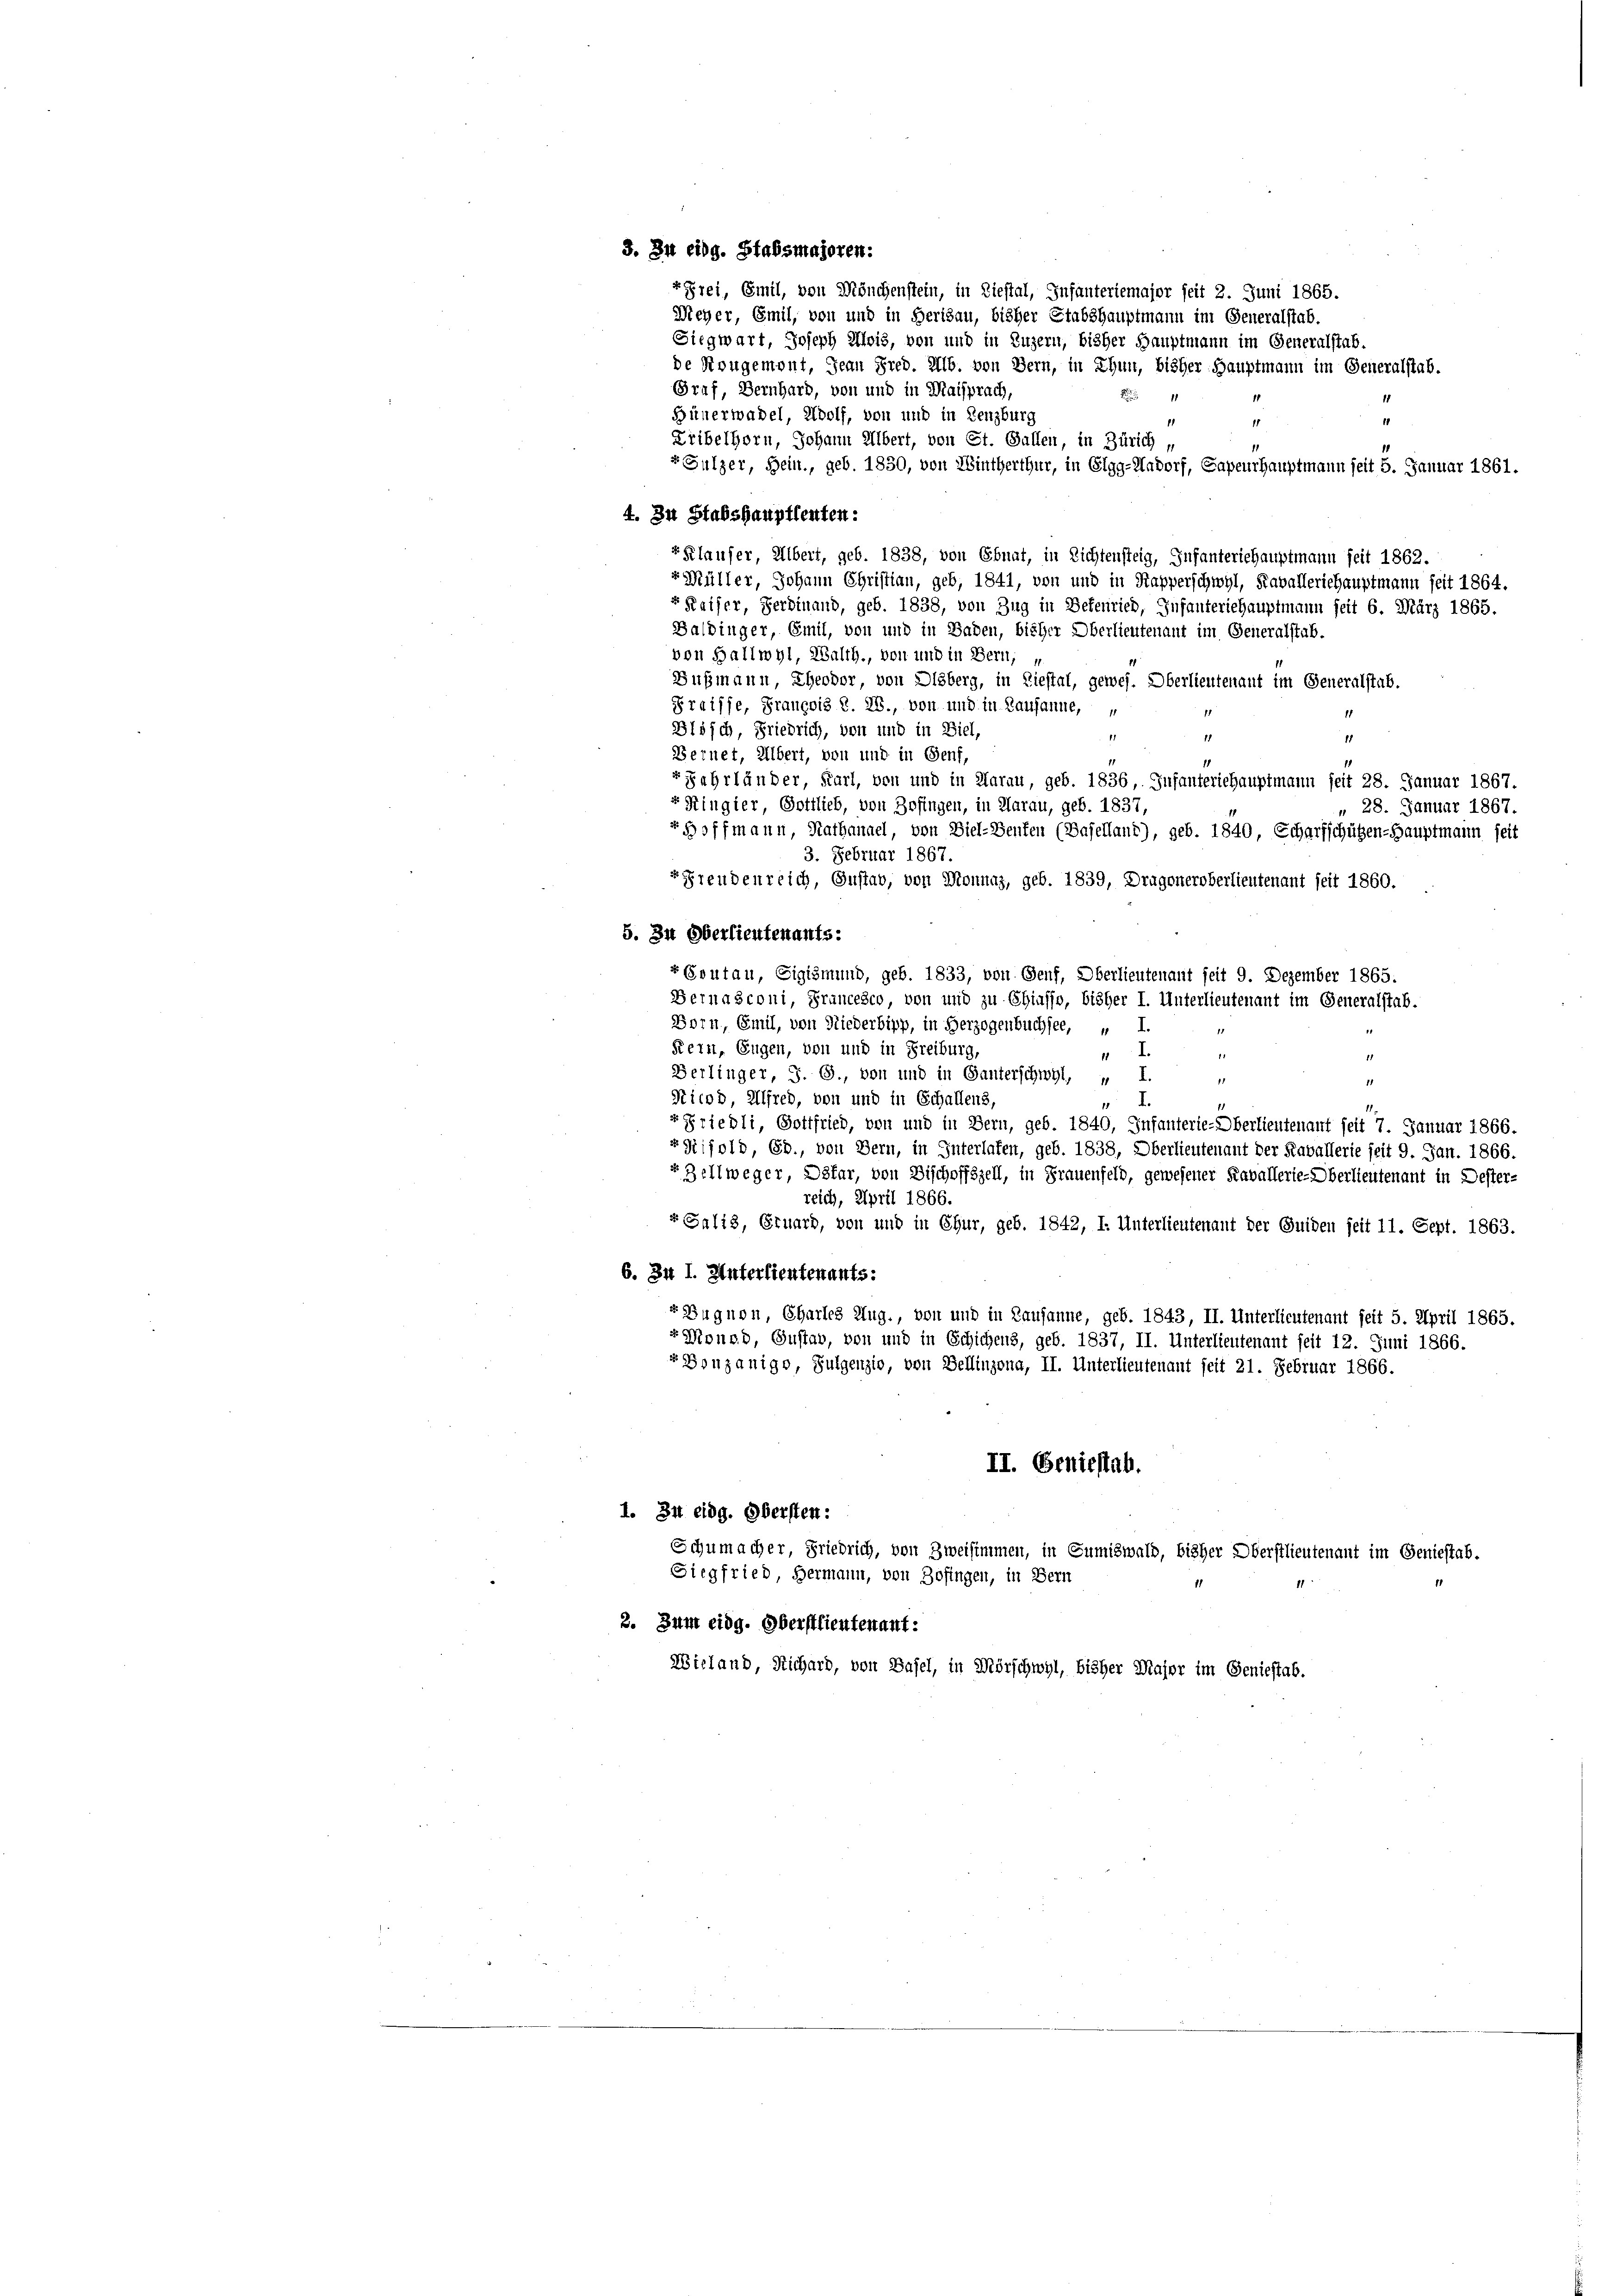
rFrei, Emil, von Mönchenstein, in Diestal, Infanteriemajor seit 2. Juni 1865.
Meyer, Emil, von und in Herisau, bisher Stabshauptmann im Generalstab.
Siegwart, Joseph Alois, von und in Luzern, bisher Hauptmann im Generalstab.
de Neugemont, Jean Fred. Alb. von Bern, in Thun, bisher Hauptmann im Generalstab.
Graf, Bernhard, von und in Maisprach,
11
Hünerwadel, Wolf, von und in Lenzburg
11
1
11
Kribelhorn, Johann Albert, von St. Gallen, in Zürich „
«Gülzer, Bein., geb. 1830, von Wintherthur, in Elgg-Hadorf, Sapeurhauptmann seit 5. Januar 1861.
4. In Stabshauptleuten:
"Klauser, Albert, geb. 1838, von Ebnat, in Richtensteig, Infanteriehauptmann seit 1862.
-Müller, Johann Christian, geb, 1841, von und in Kapperschwyl, Kavalleriehauptmann seit 1864.
v Kaiser, Ferdinand, geb. 1838, von Zug in Betenried, Infanteriehauptmann seit 6. März 1865.
Baldinger, Emil, von und in Baden, bisher Oberlieutenant im Generalstub.
von Hallwyl, Walth., von und in Bern,
Dußmann, Eheodor, von Disberg, in Ziestal, gewes. Oberlieutenant im Generalstab.
Praisse, François S. 28., von und in Lausanne,
Blösch, Friedrich, von und in Biel,
18
11
1
Bernet, Albert, von und in Genf,
"Jahrländer, Karl, von und in Aarau, geb. 1836, Infanteriehauptmann seit 28. Januar 1867.
r Ringier, Gottlieb, von Zofingen, in Aarau, geb. 1837,
28. Januar 1867.
r Hoffmann, Rathanael, von Diel-Benten (Basellant), geb. 1840, Scharfschützen-Hauptmann seit
3. Februar 1867.
rFrendenreich, Gustab, von Monnaz, geb. 1839, Dragoneroberlieutenant seit 1860.
5. In Oberlieutenants:
«Goutau, Sigismund, geb. 1833, von Genf, Oberlieutenant seit 9. Dezember 1865.
Bernasconi, Francesco, von und zu Chiasso, bisher I. Unterlieutenant im Generalstab.
Born, Emil, von Niederbipp, in Herzogenbuchsee, u
Rein, Eugen, von und in Freiburg,
I
1
Berlinger, J. G., von und in Ganterschwyl, „ I.
1
Nicod, Alfred, von und in Schallens,

x Friedli, Gottfried, von und in Bern, geb. 1840, Infanterie-Oberlieutenauf seit 7. Januar 1866.
rHijold, Eb., von Bern, in Interlafen, geb. 1838, Oberlieutenauf der Kavallerie seit 9. Jan. 1866.
Zellweger, Dotar, von Dischoffszell, in Frauenfeld, gewesener Kavallerie-Oberlieutenant in Dester-
reich, April 1866.
r Salis, Gruard, von und in Chur, geb. 1842, I. Unterlieutenant der Guiden seit 11. Sept. 1863.
6. In I. Unterlieutenants:
«Bugnen, Charles Aug., von und in Lausanne, geb. 1843, II. Unterlieutenant seit 5. April 1865.
r Monsd, Gustab, von und in Schichens, geb. 1837, II. Unterlieutenant seit 12. Juni 1866.
«Bouzanigo, Sulgenzio, von Bellinzona, II. Unterlieutenant seit 21. Februar 1866.
II. Geniestab.
1. In eidg. Obersten:
Schumacher, Friedrich, von Zweisimmen, in Gumiswald, bisher Oberstlieutenant im Geniestab.
Siegfried, Hermann, von Zofingen, in Bern
2. Zum eidg. Oberstlieutenant.
Wieland, Richard, von Basel, in Mörschwyl, bisher Major im Geniestab.

3. In eidg. Stabsmajoren.